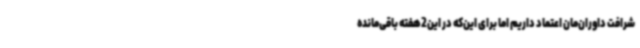
شرافت داوران‌مان اعتماد داریم اما برای این‌که در این2هفته باقی‌مانده